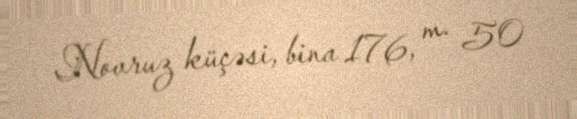
Novruz küçəsi, bina 176, m. 50